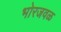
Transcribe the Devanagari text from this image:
भोरजवळ